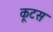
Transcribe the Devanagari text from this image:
कूटस